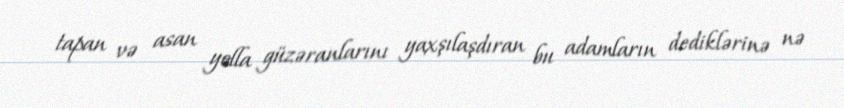
tapan və asan yolla güzəranlarını yaxşılaşdıran bu adamların dediklərinə nə